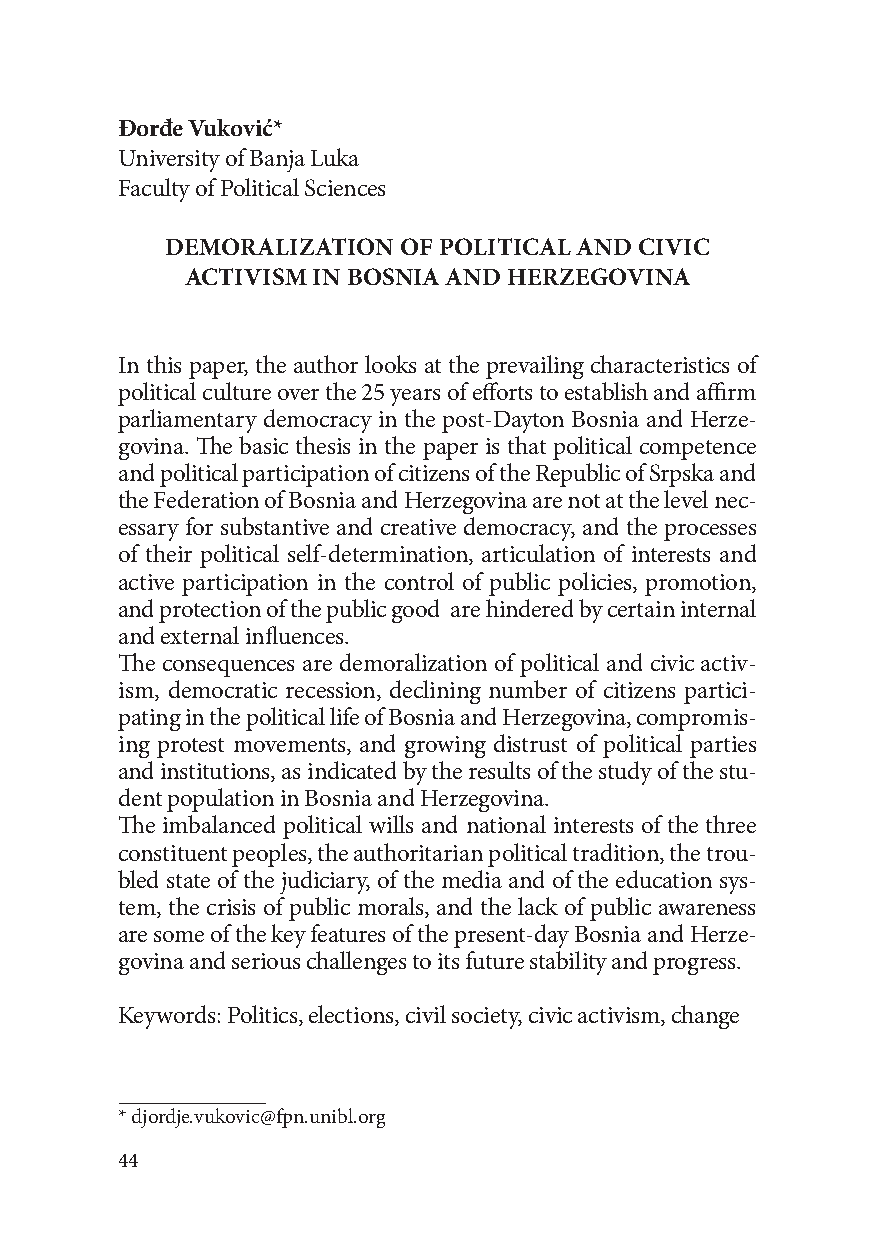
Đorđe Vuković*
 University of Banja Luka
 Faculty of Political Sciences
 DEMORALIZATION OF POLITICAL AND CIVIC
 ACTIVISM IN BOSNIA AND HERZEGOVINA
 In this paper, the author looks at the prevailing characteristics of
 political culture over the 25 years of efforts to establish and affirm
 parliamentary democracy in the post-Dayton Bosnia and Herze-
 govina. The basic thesis in the paper is that political competence
 and political participation of citizens of the Republic of Srpska and
 the Federation of Bosnia and Herzegovina are not at the level nec-
 essary for substantive and creative democracy, and the processes
 of their political self-determination, articulation of interests and
 active participation in the control of public policies, promotion,
 and protection of the public good are hindered by certain internal
 and external influences.
 The consequences are demoralization of political and civic activ-
 ism, democratic recession, declining number of citizens partici-
 pating in the political life of Bosnia and Herzegovina, compromis-
 ing protest movements, and growing distrust of political parties
 and institutions, as indicated by the results of the study of the stu-
 dent population in Bosnia and Herzegovina.
 The imbalanced political wills and national interests of the three
 constituent peoples, the authoritarian political tradition, the trou-
 bled state of the judiciary, of the media and of the education sys-
 tem, the crisis of public morals, and the lack of public awareness
 are some of the key features of the present-day Bosnia and Herze-
 govina and serious challenges to its future stability and progress.
 Keywords: Politics, elections, civil society, civic activism, change
 * djordje.vukovic@fpn.unibl.org
 44